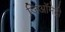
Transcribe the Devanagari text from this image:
जिऑमेट्री